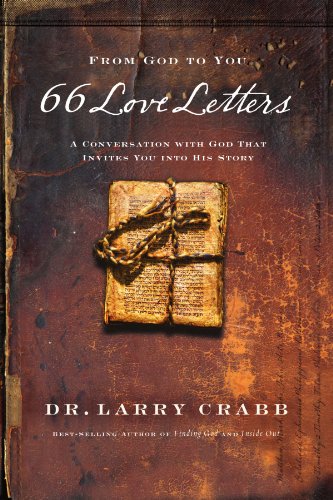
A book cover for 66 Love Letters: A Conversation with God That Invites You into His Story; Larry Crabb; Christian Books & Bibles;